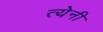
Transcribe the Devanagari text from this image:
त्येनी